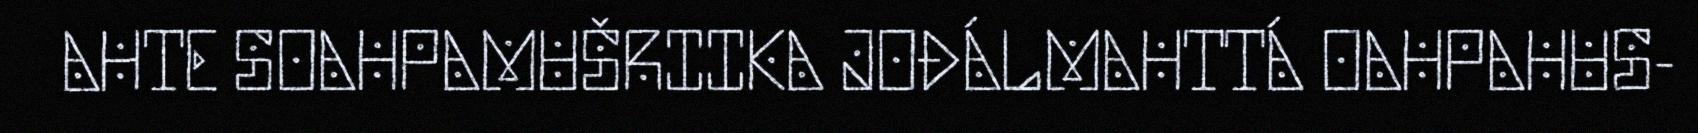
AHTE SOAHPAMUŠRIIKA JOĐÁLMAHTTÁ OAHPAHUS-